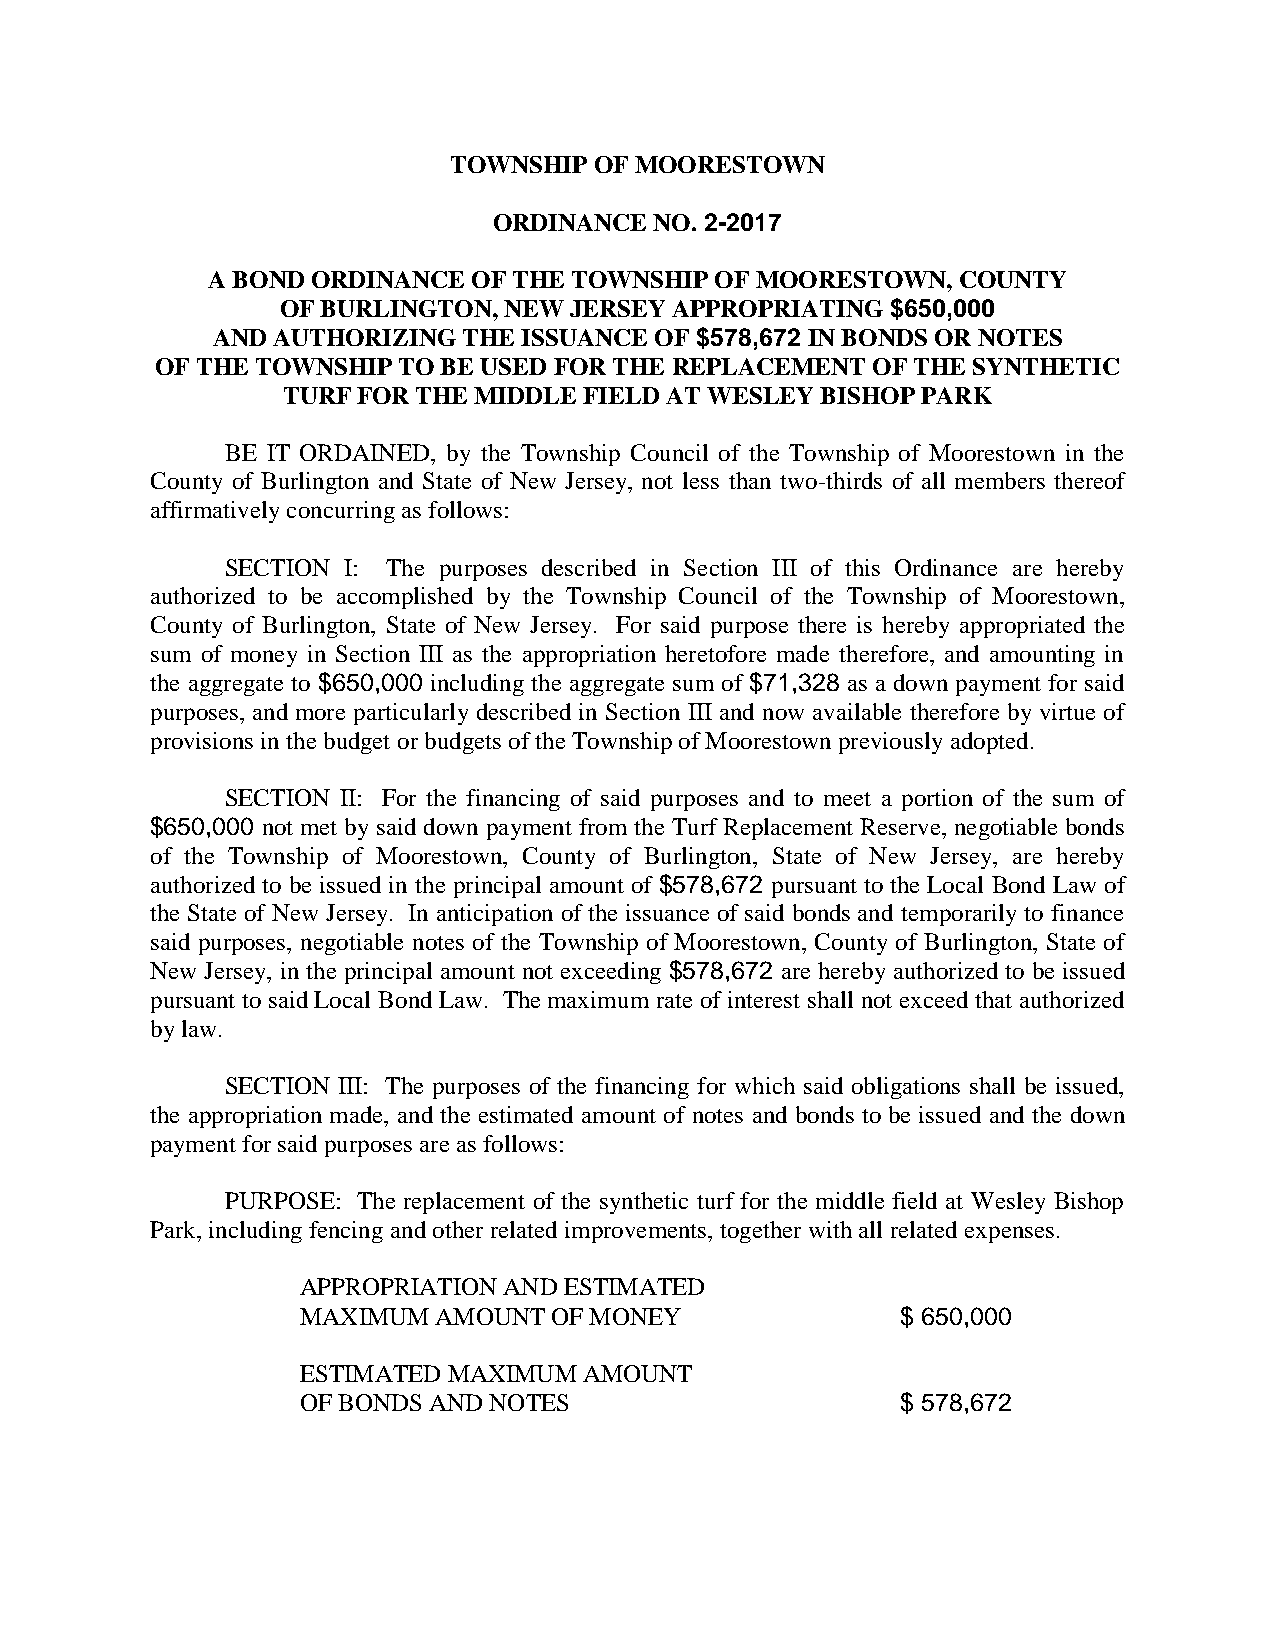
TOWNSHIP OF MOORESTOWN
 ORDINANCE NO. 2-2017
 A BOND ORDINANCE OF THE TOWNSHIP OF MOORESTOWN,  COUNTY
 OF BURLINGTON, NEW JERSEY APPROPRIATING $650,000
 AND AUTHORIZING  THE ISSUANCE OF $578,672 IN BONDS OR NOTES
 OF THE TOWNSHIP TO BE USED FOR THE REPLACEMENT  OF THE SYNTHETIC
 TURF FOR THE MIDDLE FIELD AT WESLEY BISHOP PARK
 BE IT ORDAINED, by the Township Council of the Township of Moorestown in the
 County of Burlington and State of New Jersey, not less than two-thirds of all members thereof
 affirmatively concurring as follows:
 SECTION I: The purposes described in Section III of this Ordinance are hereby
 authorized to be accomplished by the Township Council of the Township of Moorestown,
 County of Burlington, State of New Jersey. For said purpose there is hereby appropriated the
 sum of money in Section III as the appropriation heretofore made therefore, and amounting in
 the aggregate to $650,000 including the aggregate sum of $71,328 as a down payment for said
 purposes, and more particularly described in Section III and now available therefore by virtue of
 provisions in the budget or budgets of the Township of Moorestown previously adopted.
 SECTION II: For the financing of said purposes and to meet a portion of the sum of
 $650,000 not met by said down payment from the Turf Replacement Reserve, negotiable bonds
 of the Township of Moorestown, County of Burlington, State of New Jersey, are hereby
 authorized to be issued in the principal amount of $578,672 pursuant to the Local Bond Law of
 the State of New Jersey. In anticipation of the issuance of said bonds and temporarily to finance
 said purposes, negotiable notes of the Township of Moorestown, County of Burlington, State of
 New Jersey, in the principal amount not exceeding $578,672 are hereby authorized to be issued
 pursuant to said Local Bond Law. The maximum rate of interest shall not exceed that authorized
 by law.
 SECTION III: The purposes of the financing for which said obligations shall be issued,
 the appropriation made, and the estimated amount of notes and bonds to be issued and the down
 payment for said purposes are as follows:
 PURPOSE: The replacement of the synthetic turf for the middle field at Wesley Bishop
 Park, including fencing and other related improvements, together with all related expenses.
 APPROPRIATION AND ESTIMATED
 MAXIMUM  AMOUNT  OF MONEY               $ 650,000
 ESTIMATED MAXIMUM  AMOUNT
 OF BONDS AND NOTES                      $ 578,672